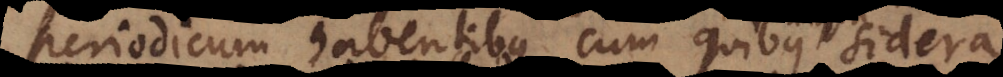
periodicum habentibus, cum quibus sidera